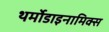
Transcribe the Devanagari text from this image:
थर्मोडाइनामिक्स